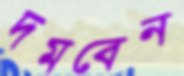
দমবেন